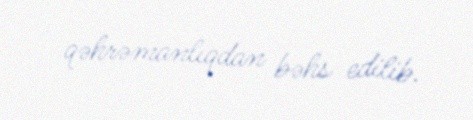
qəhrəmanlıqdan bəhs edilib.